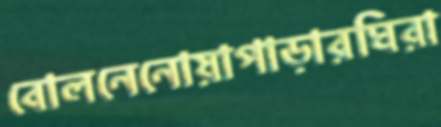
বোলনেনোয়াপাড়ারঘিরা